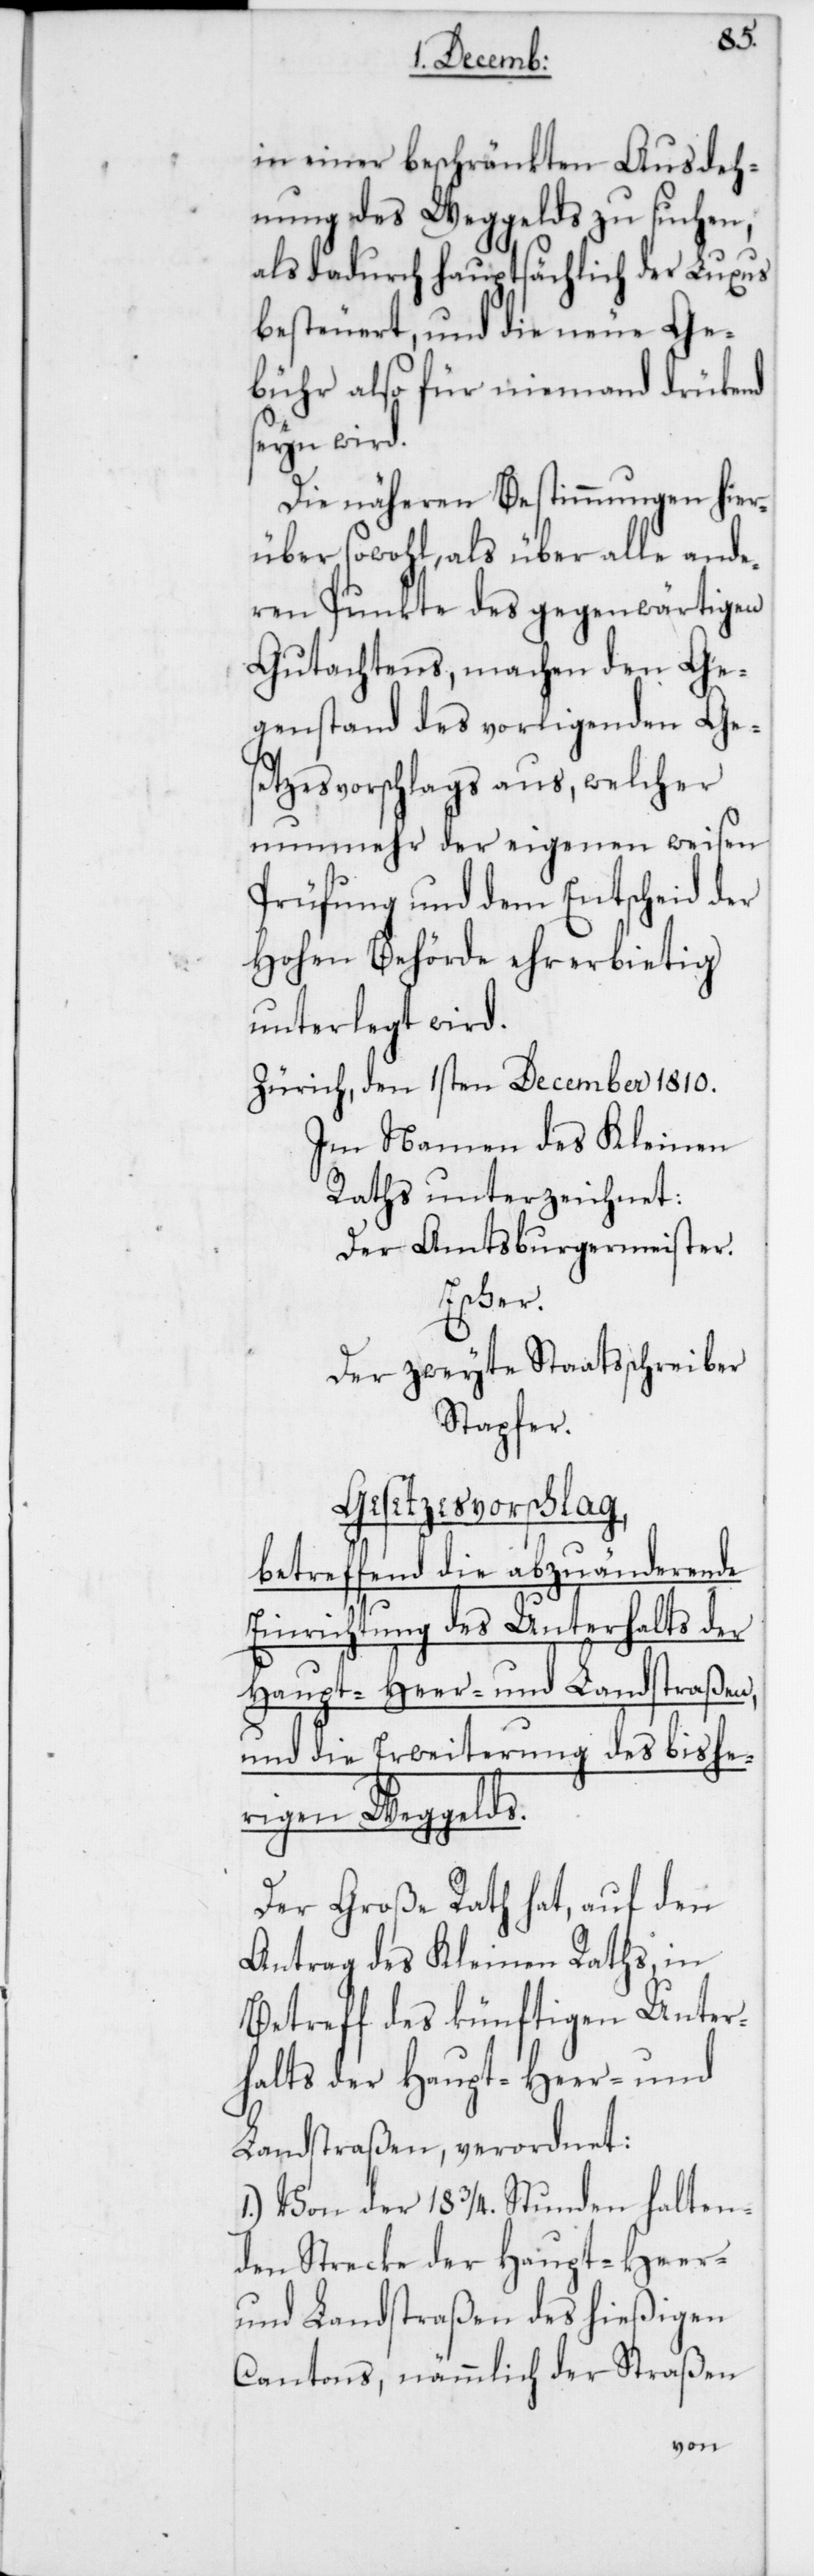
in einer beschränkten Ausdeh¬
nung des Weggelds zu suchen,
als dadurch hauptsächlich der Luxus
besteuert, und die neue Ge¬
bühr also für niemand drückend
seyn wird.
Die näheren Bestimmungen hier¬
über sowohl, als über alle ande¬
ren Punkte des gegenwärtigen
Gutachtens, machen den Ge¬
genstand des vorliegenden Ge¬
setzesvorschlags aus, welcher
nunmehr der eigenen weisen
Prüfung und dem Entscheid der
Hohen Behörde ehrerbietig
unterlegt wird.
Zürich, den 1sten December 1810.
Im Namen des Kleinen
Raths unterzeichnet:
Der Amtsburgermeister.
Escher.
Der zweyte Staatsschreiber
Stapfer.
Gesetzesvorschlag,
betreffend die abzuänderende
Einrichtung des Unterhalts der
Haupt-[,] Heer- und Landstraßen,
und die Erweiterung des bishe¬
rigen Weggelds.
Der Große Rath hat, auf den
Antrag des Kleinen Raths, in
Betreff des künftigen Unter¬
halts der Haupt-[,] Heer- und
Landstraßen verordnet:
1.) Von der 18 3/4. Stunden halten¬
den Strecke der Haupt-[,]
und Landstraßen des hießigen
Cantons, nämmlich der Straßen